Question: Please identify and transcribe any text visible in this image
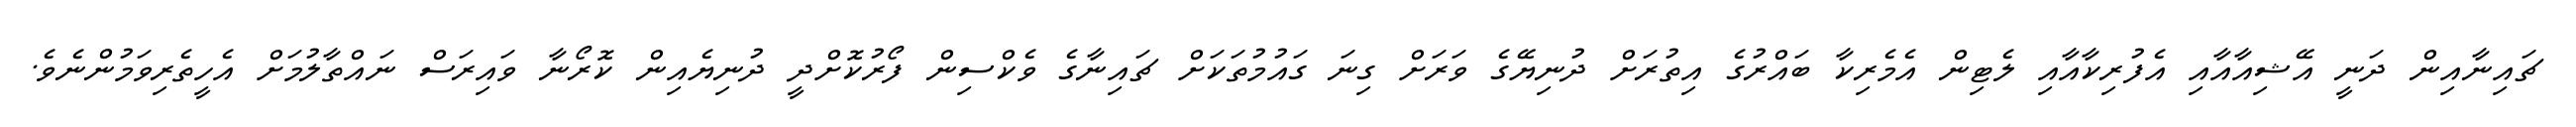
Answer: ޗައިނާއިން ދަނީ އޭޝިއާއާއި އެފުރިކާއާއި ލެޓިން އެމެރިކާ ބައްރުގެ އިތުރަށް ދުނިޔޭގެ ވަރަށް ގިނަ ގައުމުތަކަށް ޗައިނާގެ ވެކްސިން ފޯރުކޮށްދީ ދުނިޔެއިން ކޮރޯނާ ވައިރަސް ނައްތާލުމަށް އެހީތެރިވަމުންނެވެ.